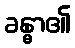
ခန္ဓာ၏